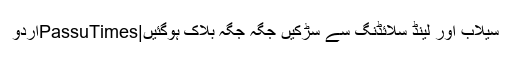
سیلاب اور لینڈ سلائڈنگ سے سڑکیں جگہ جگہ بلاک ہوگئیں|PassuTimesاُردُو